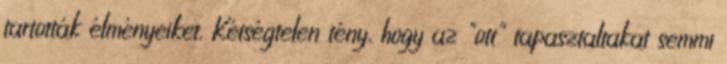
tartották élményeiket. Kétségtelen tény, hogy az "ott" tapasztaltakat semmi